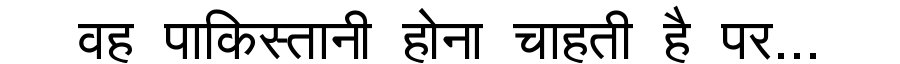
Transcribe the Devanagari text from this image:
वह पाकिस्तानी होना चाहती है पर...